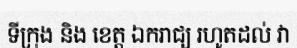
ទីក្រុង និង ខេត្ត ឯករាជ្យ រហូតដល់ វា